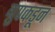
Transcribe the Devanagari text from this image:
ग्रुपकडून